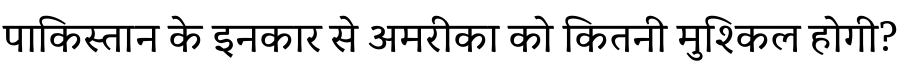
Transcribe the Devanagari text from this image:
पाकिस्तान के इनकार से अमरीका को कितनी मुश्किल होगी?